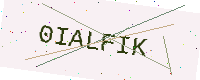
Text: 0IALFIK